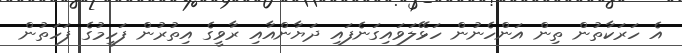
އެ ހަރަކާތުން ތިން އަންހެނުން ހަޅޭލަވައިގަނެފައި ދަޔާންއާއި ރާވީގެ އިތުރުން ފަހީމުގެ ފަހަތުން